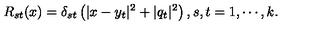
R _ { s t } ( x ) = \delta _ { s t } \left( | x - y _ { t } | ^ { 2 } + | q _ { t } | ^ { 2 } \right) , s , t = 1 , \cdots , k .